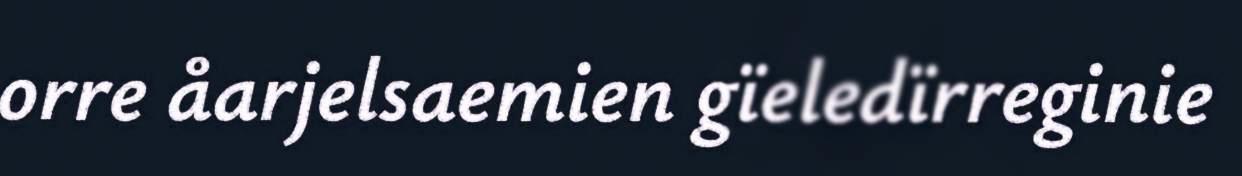
orre åarjelsaemien gïeledïrreginie